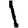
Digit: 1